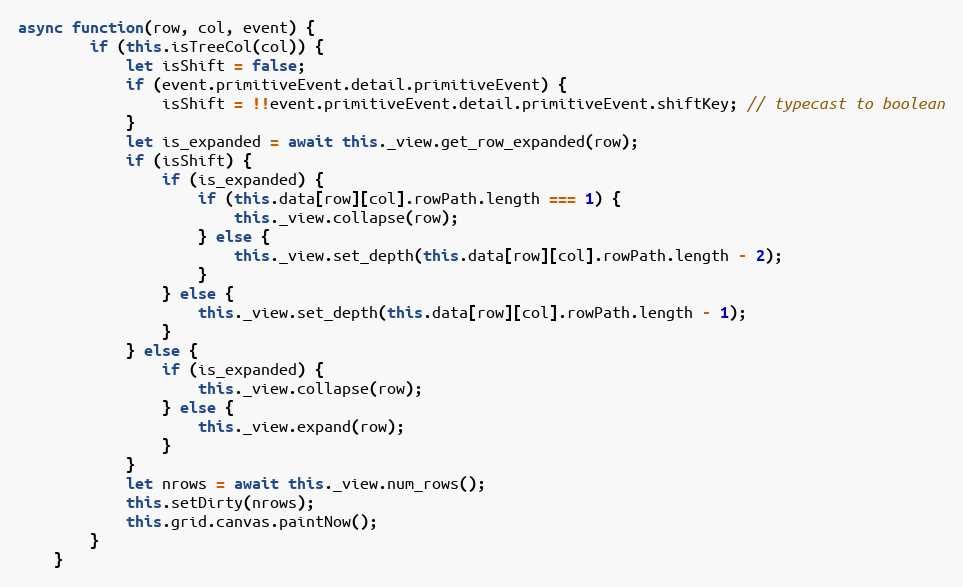
Language: JavaScript
async function(row, col, event) {
        if (this.isTreeCol(col)) {
            let isShift = false;
            if (event.primitiveEvent.detail.primitiveEvent) {
                isShift = !!event.primitiveEvent.detail.primitiveEvent.shiftKey; // typecast to boolean
            }
            let is_expanded = await this._view.get_row_expanded(row);
            if (isShift) {
                if (is_expanded) {
                    if (this.data[row][col].rowPath.length === 1) {
                        this._view.collapse(row);
                    } else {
                        this._view.set_depth(this.data[row][col].rowPath.length - 2);
                    }
                } else {
                    this._view.set_depth(this.data[row][col].rowPath.length - 1);
                }
            } else {
                if (is_expanded) {
                    this._view.collapse(row);
                } else {
                    this._view.expand(row);
                }
            }
            let nrows = await this._view.num_rows();
            this.setDirty(nrows);
            this.grid.canvas.paintNow();
        }
    }